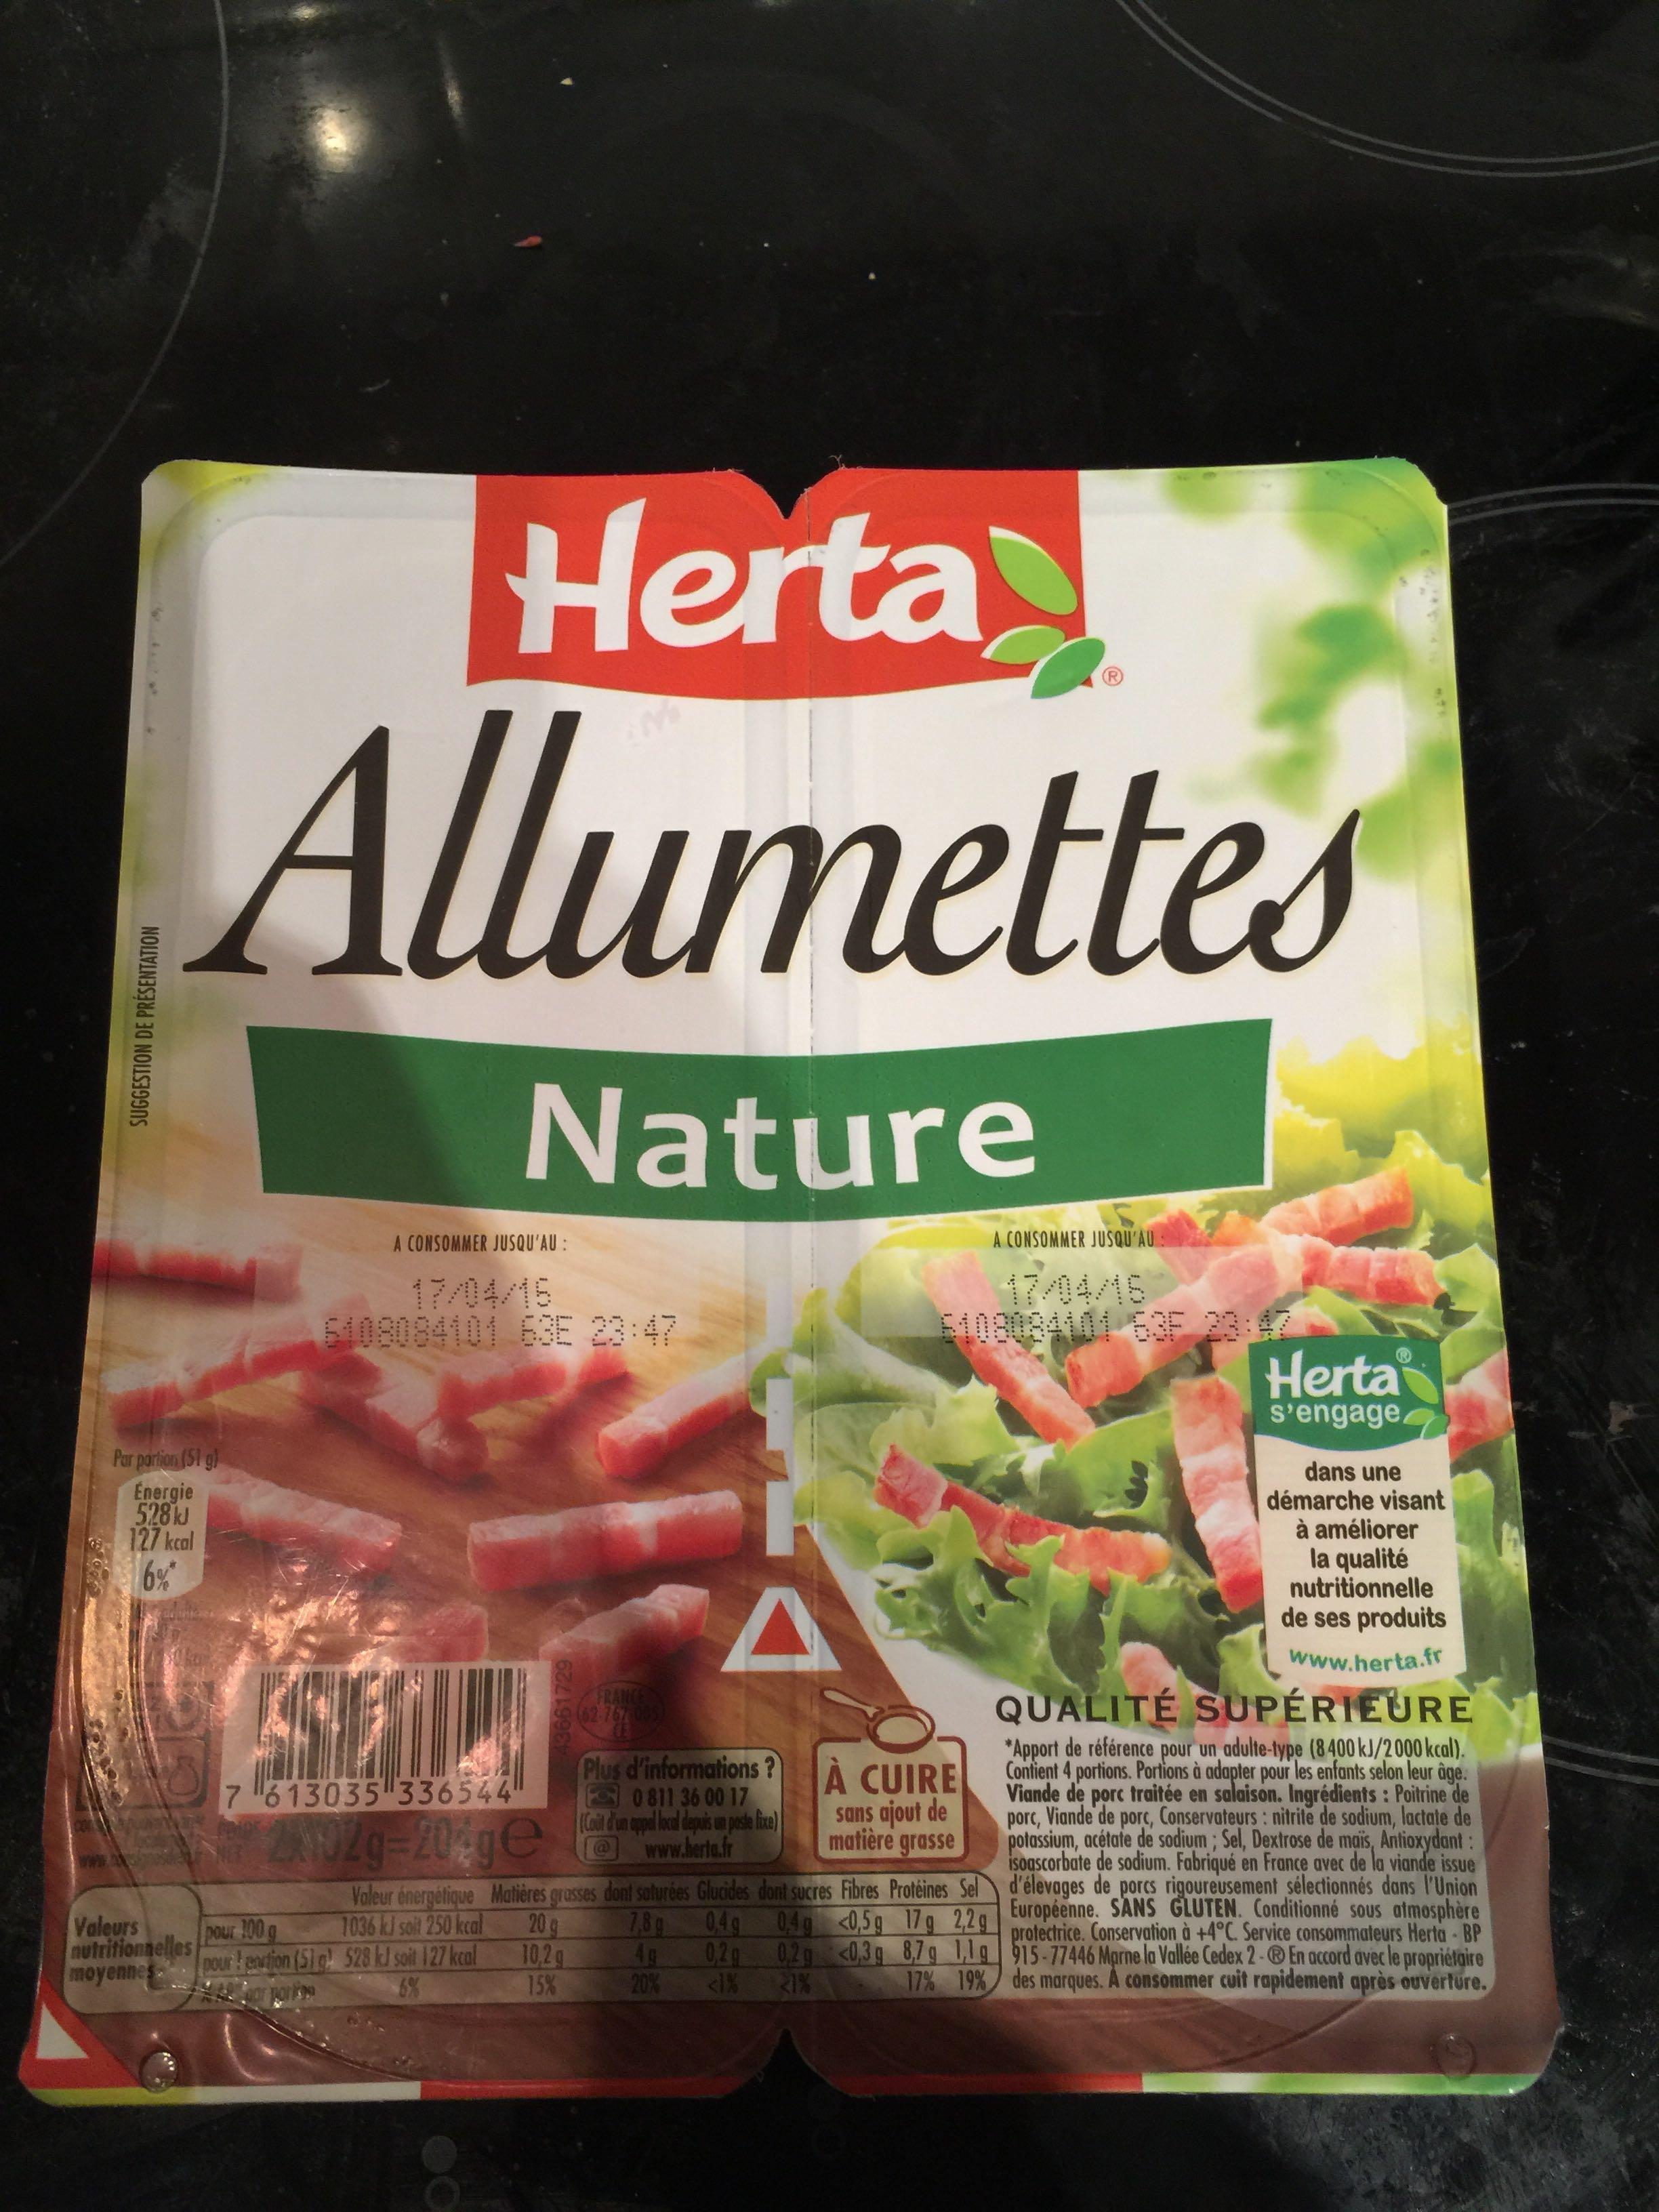
SUGGESTION DE PRÉSENTATION
Herta
Allumettes
Nature
Par portion (51 g)
Energie 528 kJ 127 kcal
6%
7
Valeurs nutritionnelles moyennes
A CONSOMMER JUSQU'AU :
Valeur énergétique 1036 kJ soit 250 kcal
43661729
pour 100 g
pour partion (51) 528 kJ soit 127 kcal
por portion
6%
7613035 336544
Plus d'informations? 0811 36 00 17 (Coût d'un appel local depuis un poste fixe)
2192g-204ge @ www.hert.fr
(@
FRANCE
10,2 g
15%
A
Matières grasses dont saturées Glucides dont sucres Fibres Protéines Sel 20 q 0.4g 0.4g <0,5 g 7,8 g 0,2g 0,2 g <0,3g <1% 21%
17 g 2,2g 8,7 g 1,1g 17% 19%
20%
À CUIRE sans ajout de matière grasse
A CONSOMMER JUSQU'AU
Herta
s'engage,
dans une démarche visant à améliorer la qualité nutritionnelle de ses produits
www.herta.fr
QUALITÉ SUPÉRIEURE
*Apport de référence pour un adulte-type (8400 kJ/2000 kcal). Contient 4 portions. Portions à adapter pour les enfants selon leur âge. Viande de porc traitée en salaison. Ingrédients : Poitrine de porc, Viande de porc, Conservateurs: nitrite de sodium, lactate de potassium, acétate de sodium; Sel, Dextrose de maïs, Antioxydant: isoascorbate de sodium. Fabriqué en France avec de la viande issue d'élevages de porcs rigoureusement sélectionnés dans l'Union Européenne. SANS GLUTEN. Conditionné sous atmosphère protectrice. Conservation à +4°C. Service consommateurs Herta - BP 915-77446 Marne la Vallée Cedex 2 - En accord avec le propriétaire des marques. A consommer cuit rapidement après ouverture.